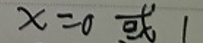
$x = 0 \text{ 或 } 1$